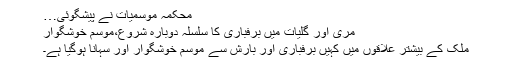
محکمہ موسميات نے پیشگوئی…
مری اور گليات ميں برفباری کا سلسلہ دوبارہ شروع،موسم خوشگوار
ملک کے بیشتر علاقوں میں کہیں برفباری اور بارش سے موسم خوشگوار اور سہانا ہوگیا ہے۔